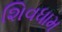
શિવધામ